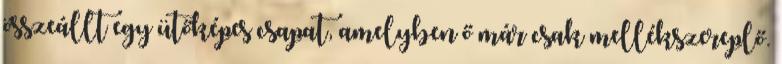
összeállt egy ütőképes csapat, amelyben ő már csak mellékszereplő.